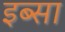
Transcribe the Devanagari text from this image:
इब्‍सा